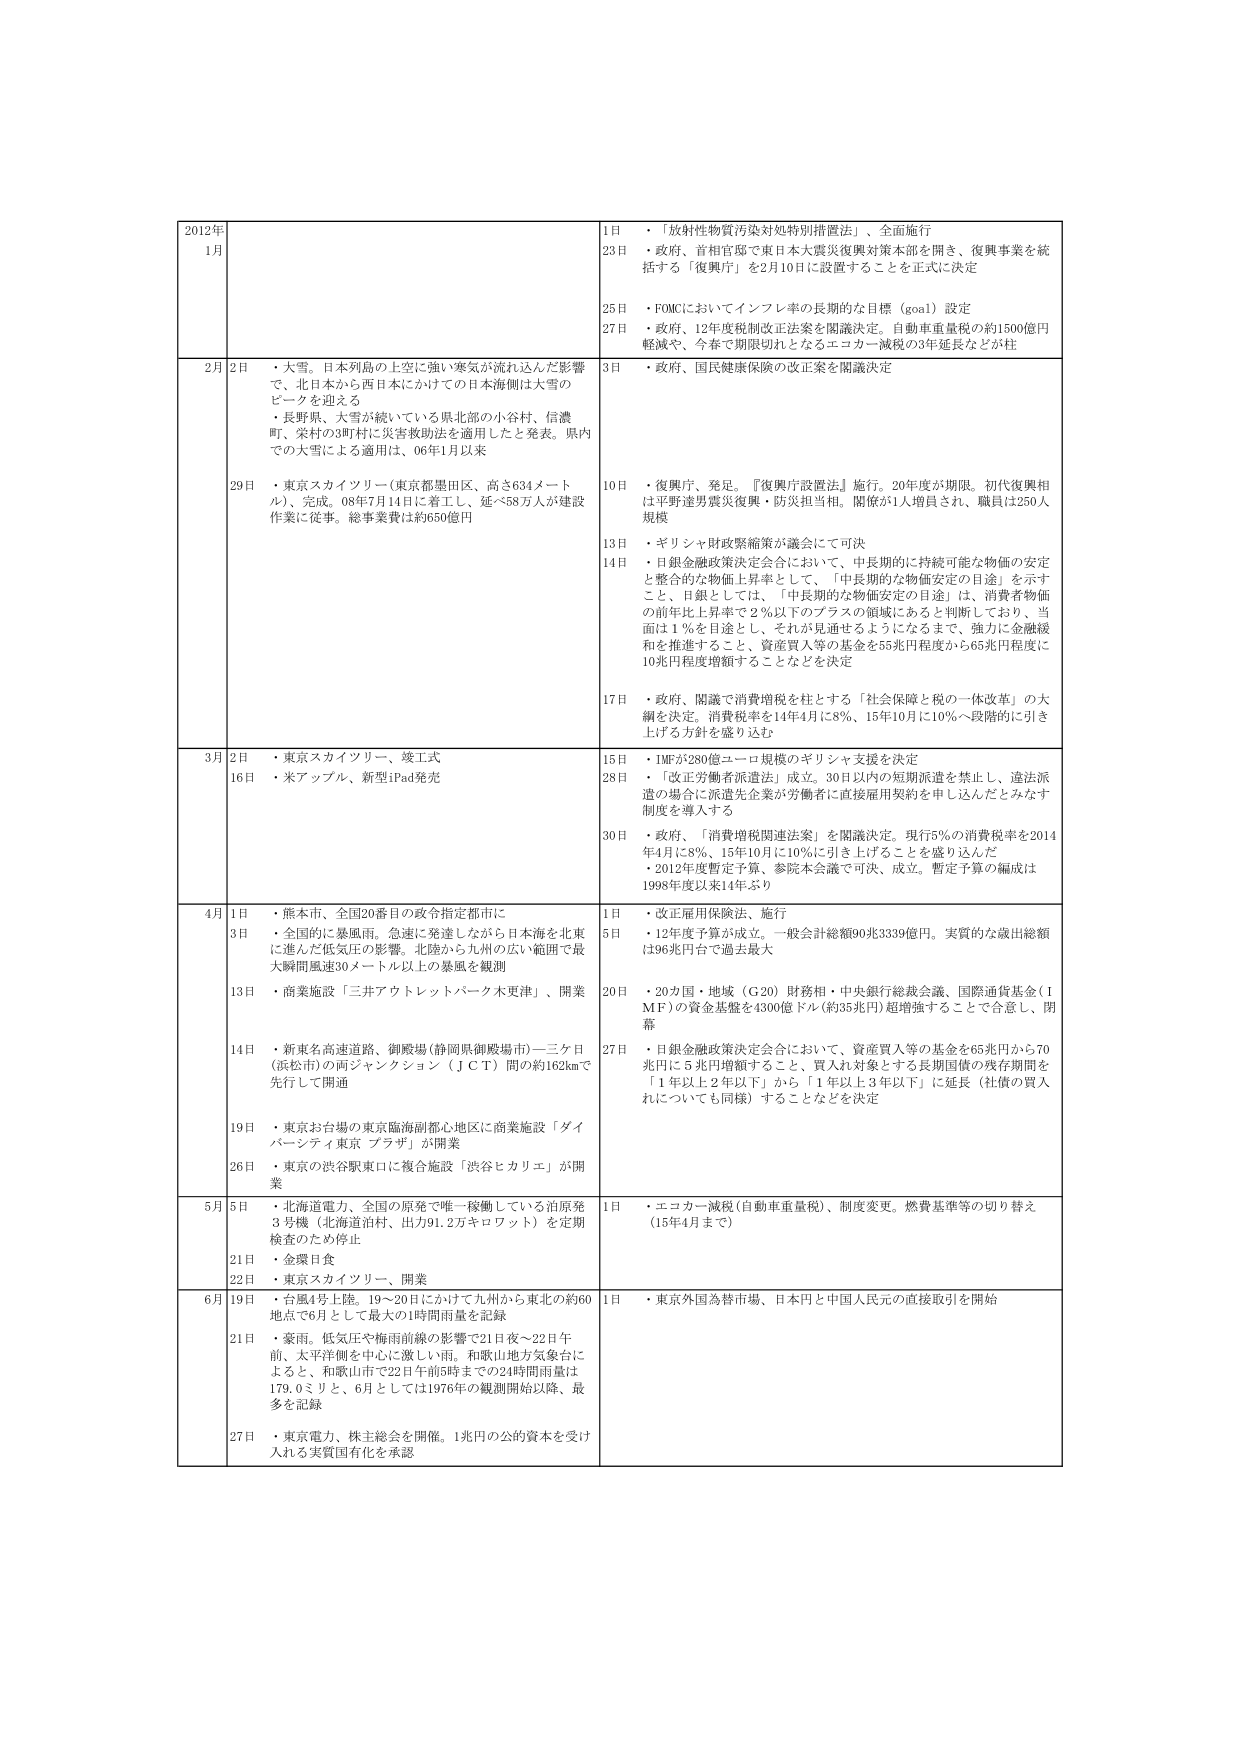
2012年
1月
1日　・「放射性物質汚染対処特別措置法」、全面施行
23日　・政府、首相官邸で東日本大震災復興対策本部を開き、復興事業を統括する「復興庁」を2月10日に設置することを正式に決定
25日　・FOMCにおいてインフレ率の長期的な目標（goal）設定
27日　・政府、12年度税制改正法案を閣議決定。自動車重量税の約1500億円軽減や、今春で期限切れとなるエコカー減税の3年延長などが柱

2月
2日　・大雪。日本列島の上空に強い寒気が流れ込んだ影響で、北日本から西日本にかけての日本海側は大雪のピークを迎える
　　・長野県、大雪が続いている県北部の小谷村、信濃町、栄村の3町村に災害救助法を適用したと発表。県内での大雪による適用は、06年1月以来
29日　・東京スカイツリー（東京都墨田区、高さ634メートル）、完成。08年7月14日に着工し、延べ58万人が建設作業に従事。総事業費は約650億円
3日　・政府、国民健康保険の改正案を閣議決定
10日　・復興庁、発足。『復興庁設置法』施行。20年度が期限。初代復興相は平野達男震災復興・防災担当相。関係が1人増員され、職員は250人規模
13日　・ギリシャ財政緊縮策が議会にて可決
14日　・日銀金融政策決定会合において、中長期的に持続可能な物価の安定と整合的な物価上昇率として、「中長期的な物価安定の目途」を示すことで、日銀としては、「中長期的な物価安定の目途」は、消費者物価の前年比上昇率で2％以下のプラスの領域にあると判断しており、当面は1％を目途とし、それが見通せるようになるまで、強力に金融緩和を推進すること、資産買入等の基金を55兆円程度から65兆円程度に10兆円程度増額することなどを決定
17日　・政府、閣議で消費増税を柱とする「社会保障と税の一体改革」の大綱を決定。消費税率を14年4月に8％、15年10月に10％へ段階的に引き上げる方針を盛り込む

3月
2日　・東京スカイツリー、竣工式
16日　・米アップル、新型iPad発売
15日　・IMFが280億ユーロ規模のギリシャ支援を決定
28日　・「改正労働者派遣法」成立。30日以内の短期派遣を禁止し、違法派遣の場合に派遣先企業が労働者に直接雇用契約を申し込んだとみなす制度を導入する
30日　・政府、「消費増税関連法案」を閣議決定。現行5％の消費税率を2014年4月に8％、15年10月に10％に引き上げることを盛り込んだ
　　・2012年度暫定予算、参院本会議で可決、成立。暫定予算の編成は1998年度以来14年ぶり

4月
1日　・熊本市、全国20番目の政令指定都市に
3日　・全国的に暴風雨。急速に発達しながら日本海を北東に進んだ低気圧の影響。北陸から九州の広い範囲で最大瞬間風速30メートル以上の暴風を観測
13日　・商業施設「三井アウトレットパーク木更津」、開業
14日　・新東名高速道路、御殿場（静岡県御殿場市）―三ケ日（浜松市）の両ジャンクション（JCT）間の約162kmで先行して開通
19日　・東京お台場の東京臨海副都心地区に商業施設「ダイバーシティ東京 プラザ」が開業
26日　・東京の渋谷駅東口に複合施設「渋谷ヒカリエ」が開業
1日　・改正雇用保険法、施行
5日　・12年度予算が成立。一般会計総額90兆3339億円。実質的な歳出総額は96兆円台で過去最大
20日　・20カ国・地域（G20）財務相・中央銀行総裁会議、国際通貨基金（IMF）の資金基盤を4300億ドル（約35兆円）超増強することで合意し、閉幕
27日　・日銀金融政策決定会合において、資産買入等の基金を65兆円から70兆円に5兆円増額すること、買入れ対象とする長期国債の残存期間を「1年以上2年以下」から「1年以上3年以下」に延長（社債の買入れについても同様）することなどを決定

5月
5日　・北海道電力、全国の原発で唯一稼働している泊原発3号機（北海道泊村、出力91.2万キロワット）を定期検査のため停止
21日　・金環日食
22日　・東京スカイツリー、開業
1日　・エコカー減税（自動車重量税）、制度変更。燃費基準等の切り替え（15年4月まで）

6月
19日　・台風4号上陸。19～20日にかけて九州から東北の約60地点で6月として最大の1時間雨量を記録
21日　・豪雨。低気圧や梅雨前線の影響で21日夜～22日午前、太平洋側を中心に激しい雨。和歌山地方気象台によると、和歌山市で22日午前5時までの24時間雨量は179.0ミリと、6月としては1976年の観測開始以降、最多を記録
27日　・東京電力、株主総会を開催。1兆円の公的資本を受け入れる実質国有化を承認
1日　・東京外国為替市場、日本円と中国人民元の直接取引を開始